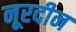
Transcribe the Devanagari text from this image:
नूरदीन